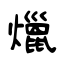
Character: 爉